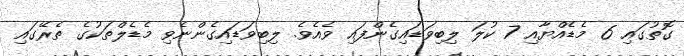
ގޮތުގައި 6 މެޑެއްޔާއި 7 ކުލަ ލިބިވަޑައިގެންފައި ވެއެވެ. ލިބިވަޑައިގެންނެވި މެޑެލްތަކުގެ ތެރޭގައި